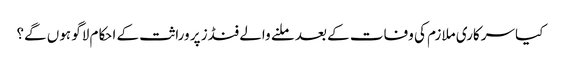
کیا سرکاری ملازم کی وفات کے بعد ملنے والے فنڈز پر وراثت کے احکام لاگو ہوں‌ گے؟